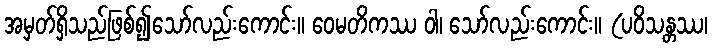
အမှတ်ရှိသည်ဖြစ်၍သော်လည်းကောင်း။ ဝေမတိကဿ ဝါ၊ သော်လည်းကောင်း။ (ပဝိသန္တဿ၊